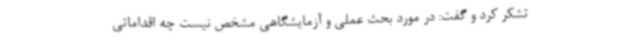
تشکر کرد و گفت: در مورد بحث عملی و آزمایشگاهی مشخص نیست چه اقداماتی